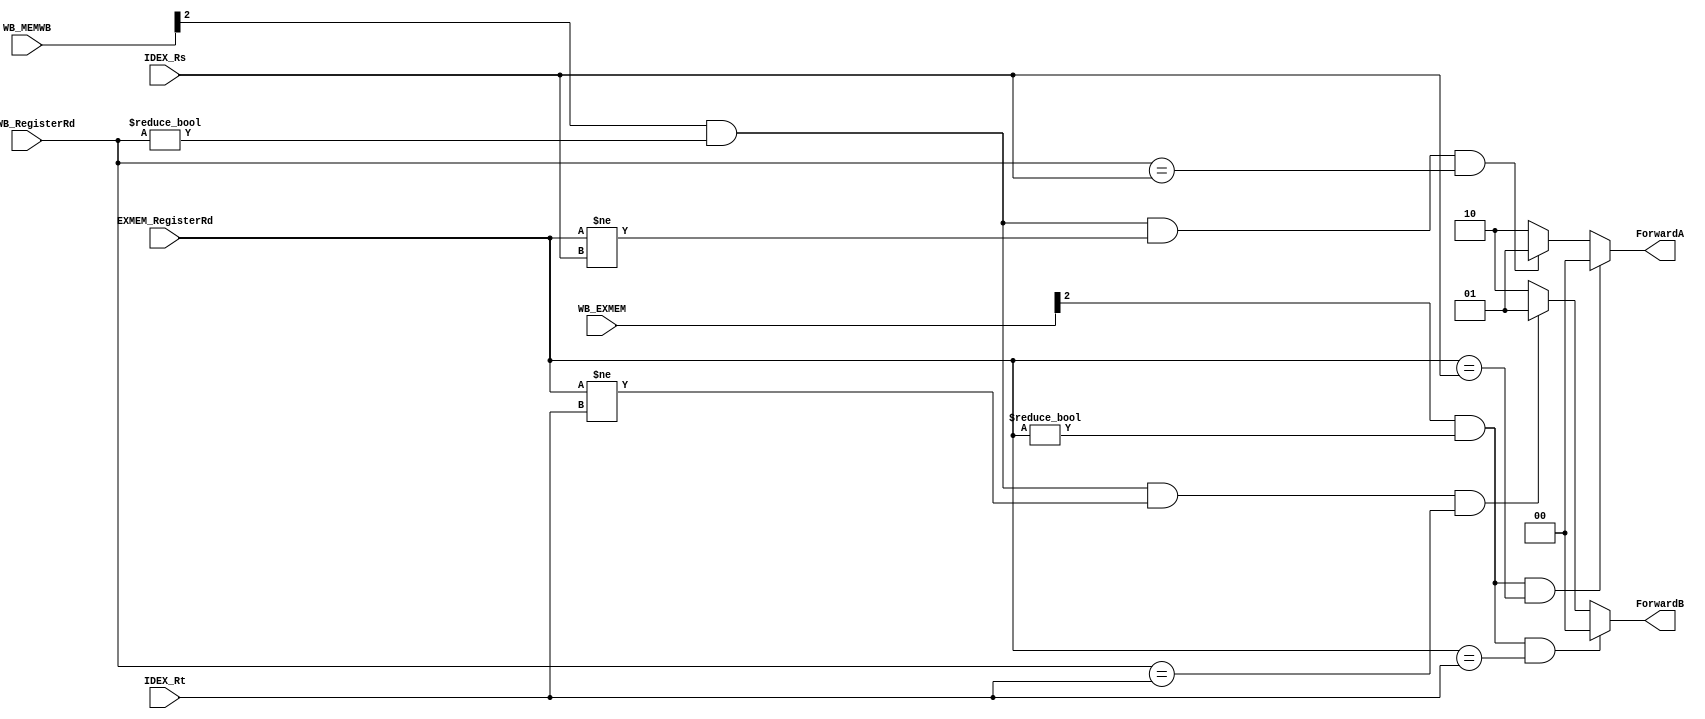
module ForwardingUnit

(
	//input clk,
	//input reset,

	
	//Control
	
	input [2:0] WB_EXMEM,
	input [2:0] WB_MEMWB,


	////Datos
	input [4:0]EXMEM_RegisterRd,
	input [4:0]MEMWB_RegisterRd,
	input [4:0]IDEX_Rs,
	input [4:0]IDEX_Rt,
	
	//Salida
	
	//Datos
	
	//Control
	output reg [1:0]ForwardA,
	output reg [1:0]ForwardB
);

//Control for mux FA	
always @ (WB_EXMEM, WB_MEMWB)
	begin 
		if (WB_EXMEM[2] == 1'b1 && EXMEM_RegisterRd != 0 && EXMEM_RegisterRd == IDEX_Rs)
			begin
			ForwardA = 2'b00;
			end
		else if (WB_MEMWB[2] == 1'b1 && MEMWB_RegisterRd != 0 && EXMEM_RegisterRd != IDEX_Rs && MEMWB_RegisterRd == IDEX_Rs)
			begin
			ForwardA = 2'b01;	
			end
			else
			begin
			ForwardA = 2'b10;
			end
	end

//Control for mux FB	
always @ (WB_EXMEM, WB_MEMWB)
	begin 
		if (WB_EXMEM[2] == 1'b1 && (EXMEM_RegisterRd != 0) && EXMEM_RegisterRd == IDEX_Rt)
			begin
			ForwardB = 2'b00;
			end
		else if (WB_MEMWB[2] == 1'b1 && MEMWB_RegisterRd != 0 && EXMEM_RegisterRd != IDEX_Rt && MEMWB_RegisterRd == IDEX_Rt)
			begin
			ForwardB = 2'b01;	
			end
			else
			begin
			ForwardB = 2'b10;
			end
	end
endmodule